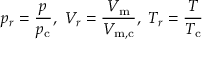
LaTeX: p _ { r } = { \frac { p } { p _ { \mathrm { c } } } } , \ V _ { r } = { \frac { V _ { \mathrm { m } } } { V _ { \mathrm { m , c } } } } , \ T _ { r } = { \frac { T } { T _ { \mathrm { c } } } }